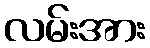
လမ်းအား